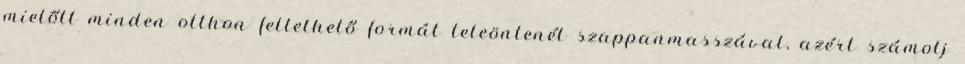
mielőtt minden otthon fellelhető formát teleöntenél szappanmasszával, azért számolj